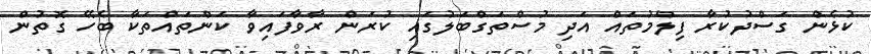
ކުޅެން ގަސްދުކުރާ ފިލްމުތައް އަދި މުސްތަގްބަލުގައި ކުރަން ރާވާފައިވާ ކަންތައްތަކާ ބެހޭ ގޮތުން